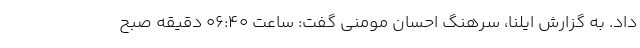
داد. به گزارش ایلنا، سرهنگ احسان مومنی گفت: ساعت ۰۶:۴۰ دقیقه صبح